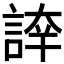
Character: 𧨫